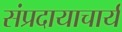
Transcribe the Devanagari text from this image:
संप्रदायाचार्य